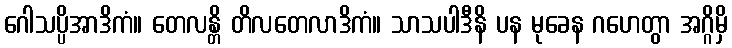
ဂေါသပ္ပိအာဒိကံ။ တေလန္တိ တိလတေလာဒိကံ။ သာသပါဒီနိ ပန မုခေန ဂဟေတွာ အဂ္ဂိမှိ